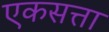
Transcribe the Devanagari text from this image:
एकसत्ता